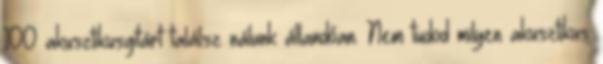
100 akusztikusgitárt találsz nálunk állandóan. Nem tudod milyen akusztikus